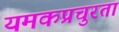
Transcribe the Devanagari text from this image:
यमकप्रचुरता